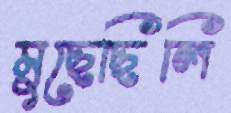
মুছেছিলি